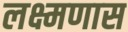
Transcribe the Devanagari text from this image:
लक्ष्मणास